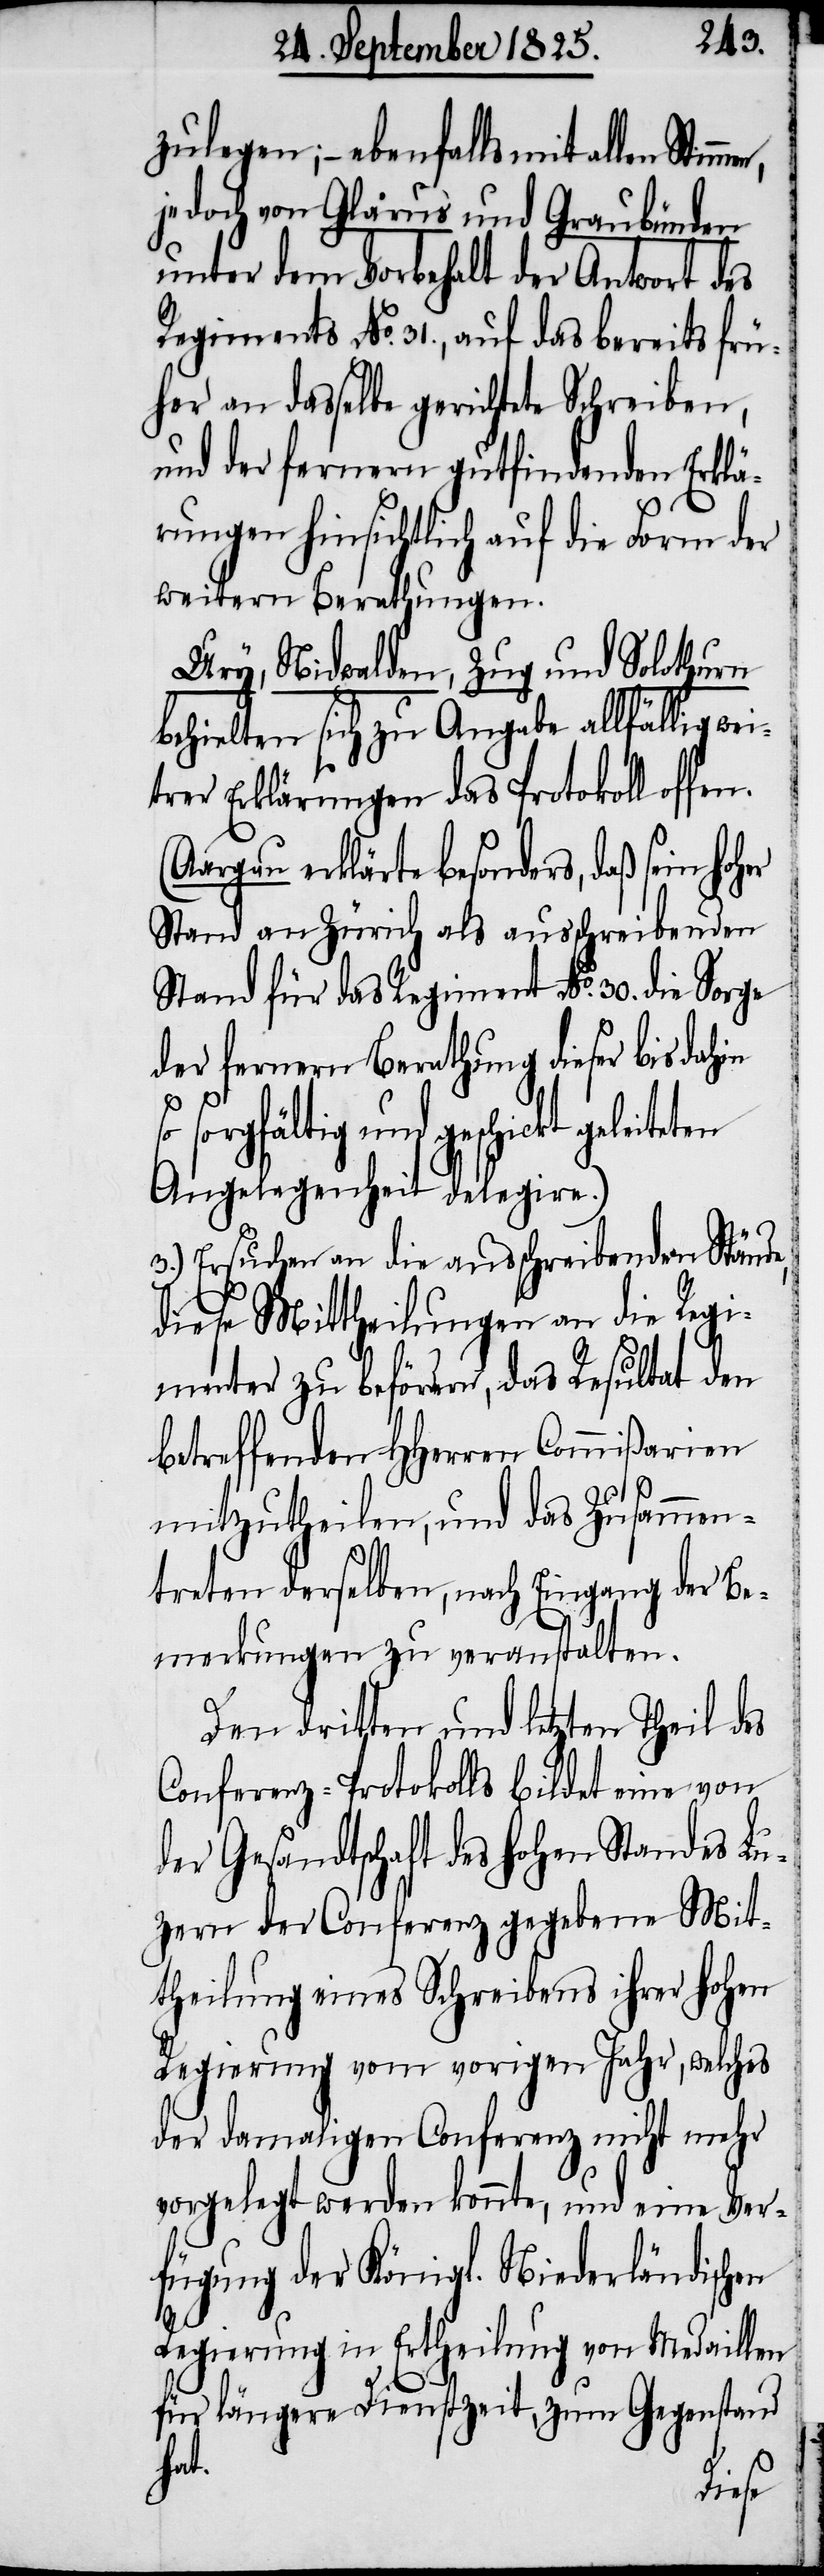
zulegen; – ebenfalls mit allen
jedoch von Glarus und Graubünden
unter dem Vorbehalt der Antwort des
Regiments No. 31. auf das bereits frü¬
her an dasselbe gerichtete Schreiben,
und der fernern gutfindenden Erklä¬
rungen hinsichtlich auf die Form der
weitern Berathungen.
Ury, Nidwalden, Zug und Solothurn
behielten sich zur Angabe allfällig we¬
erer Erklärungen des Protokoll offen.
(Aargau erklärte besonders, daß sein
Stand an Zürich als ausschreibenden
Stand für das Regiment No. 30. die Sorge
der fernern Berathung dieser bis dahin
sorgfältig und geschickt geleite¬
Angelegenheit delegire.)
3.) Ersuchen an die ausschreibenden Stände
diese Mittheilungen an die Regi¬
menter zu befördern, das Resultat den
betreffenden HHerren Commißarien
mitzutheilen, und das Zusammen¬
treten derselben, nach Eingang der Be¬
merkungen zu veranstalten.
Den dritten und letzten Theil des
Conferenz-Protokolls bildet eine von
der Gesandtschaft des hohen Standes Lu¬
zern der Conferenz gegebene Mit¬
theilung eines Schreibens ihrer hohen
Regierung vom vorigen Jahr, welches
der damaligen Conferenz nicht mehr
vorgelegt werden konnte, und eine Ver¬
fügung der Königl. Niederländischen
Regierung in Ertheilung von Medaillen
für längere Dienstzeit, zum Gegenstand
hat.
ten